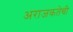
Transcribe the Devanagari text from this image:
अराजकतेची